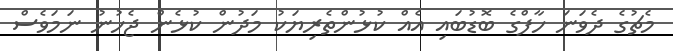
މެޗުގެ ދެވަނަ ހާފްގެ ބޮޑުބައި އެއް ކުޅުންތެރިޔަކު މަދުން ކުޅެން ޖެހުނު ނަމަވެސް